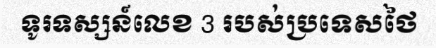
ទូរទស្សន៍លេខ 3 របស់ប្រទេសថៃ